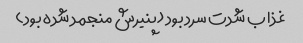
غذا ب شدت سرد بود (پنیرش منجمد شده بود)